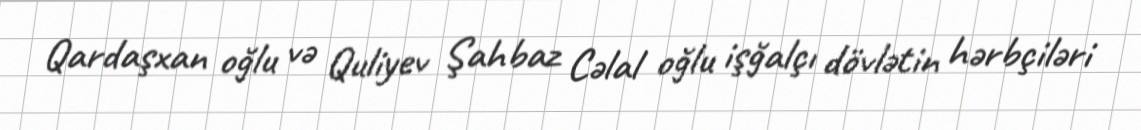
Qardaşxan oğlu və Quliyev Şahbaz Cəlal oğlu işğalçı dövlətin hərbçiləri